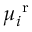
\mu _ { i } ^ { \mathrm { ~ r ~ } }